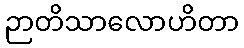
ဉာတိသာလောဟိတာ